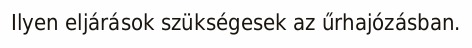
Ilyen eljárások szükségesek az űrhajózásban.